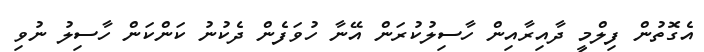
އެގޮތުން ފިލްމީ ދާއިރާއިން ހާސިލުކުރަން އޭނާ ހުވަފެން ދެކުނު ކަންކަން ހާސިލު ނުވި